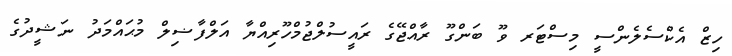
ހިޒް އެކްސެލެންސީ މިސްޓަރ ވޫ ބަންގޫ ރާއްޖޭގެ ރައީސުލްޖުމްހޫރިއްޔާ އަލްފާޟިލް މުޙައްމަދު ނަޝީދުގެ